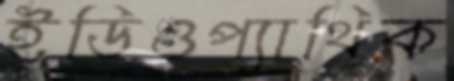
ইডিওপ্যাথিক